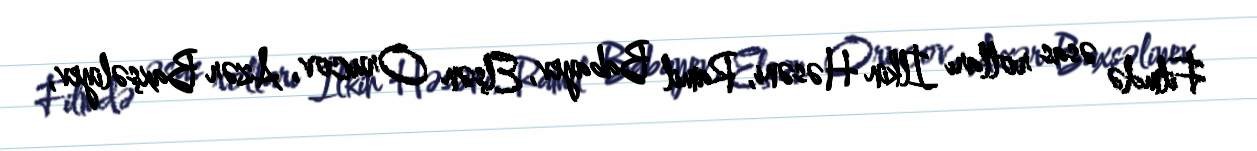
Filmdə əsas rolları İlkin Həsəni, Ramil Babayev, Elşən Orucov, Azər Baxşəliyev,